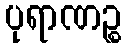
ပုရာဏဉ္စ